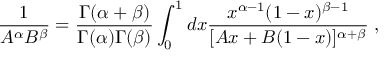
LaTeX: \frac { 1 } { A ^ { \alpha } B ^ { \beta } } = \frac { \Gamma ( \alpha + \beta ) } { \Gamma ( \alpha ) \Gamma ( \beta ) } \int _ { 0 } ^ { 1 } d x \frac { x ^ { \alpha - 1 } ( 1 - x ) ^ { \beta - 1 } } { [ A x + B ( 1 - x ) ] ^ { \alpha + \beta } } \; ,